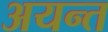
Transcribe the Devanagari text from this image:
अयन्त